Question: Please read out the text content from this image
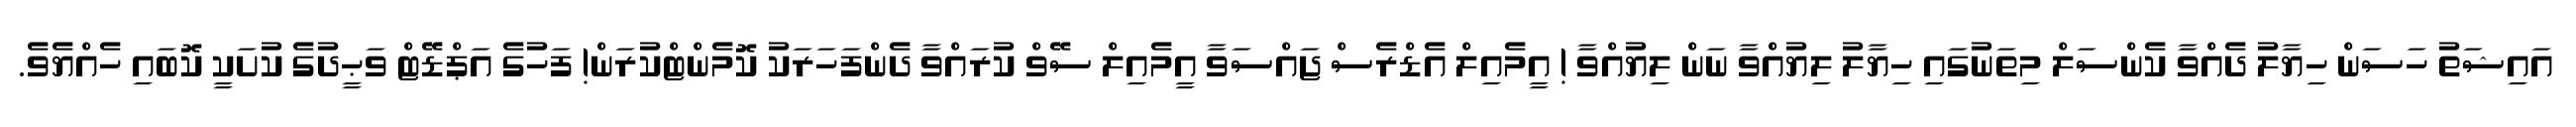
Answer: އައިޝަތު ހަސަން ހިޔާލު ދެއްވާ ކެންސަލް މިތަނުގައި ހިޔާލު ލިޔުއްވާ ނަން ލިޔުއްވާ ! އީމެއިލް އެޑްރެސް ޖައްސަވާ އީމެއިލް ސޭވް ކުރައްވާ ދެންފަހަރަކު ކޮމެންޓްކުރަން! ފަހުގެ އަޕްޑޭޓް ވަޙީދުގެ ކުށަކީ ކޮބައި ހެއްޔެވެ.